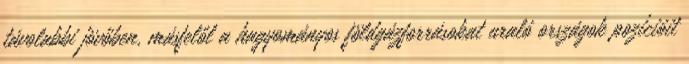
távolabbi jövőben, másfelől a hagyományos földgázforrásokat uraló országok pozícióit